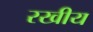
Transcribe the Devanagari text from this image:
रखीय